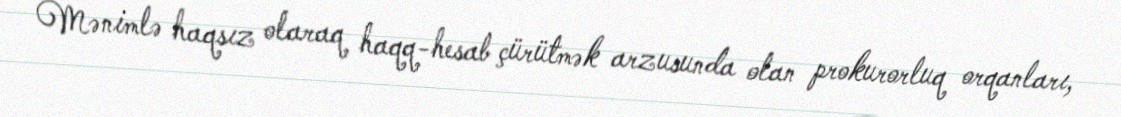
Mənimlə haqsız olaraq haqq-hesab çürütmək arzusunda olan prokurorluq orqanları,